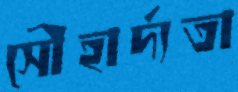
সৌহার্দ্যতা